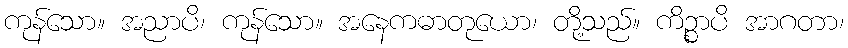
ကုန်သော။ အညာပိ၊ ကုန်သော။ အနေကဓာတုယော၊ တို့သည်။ ကိဉ္စာပိ အာဂတာ၊